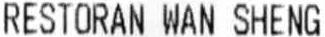
RESTORAN WAN SHENG